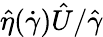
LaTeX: \hat{\eta}(\dot{\gamma})\hat{U}/\hat{\gamma}